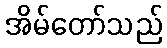
အိမ်တော်သည်